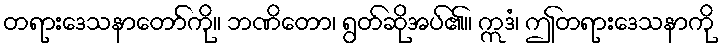
တရားဒေသနာတော်ကို။ ဘဏိတော၊ ရွတ်ဆိုအပ်၏။ ဣဒံ၊ ဤတရားဒေသနာကို